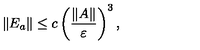
\| E _ { a } \| \leq c \left( \frac { \| A \| } { \varepsilon } \right) ^ { 3 } ,